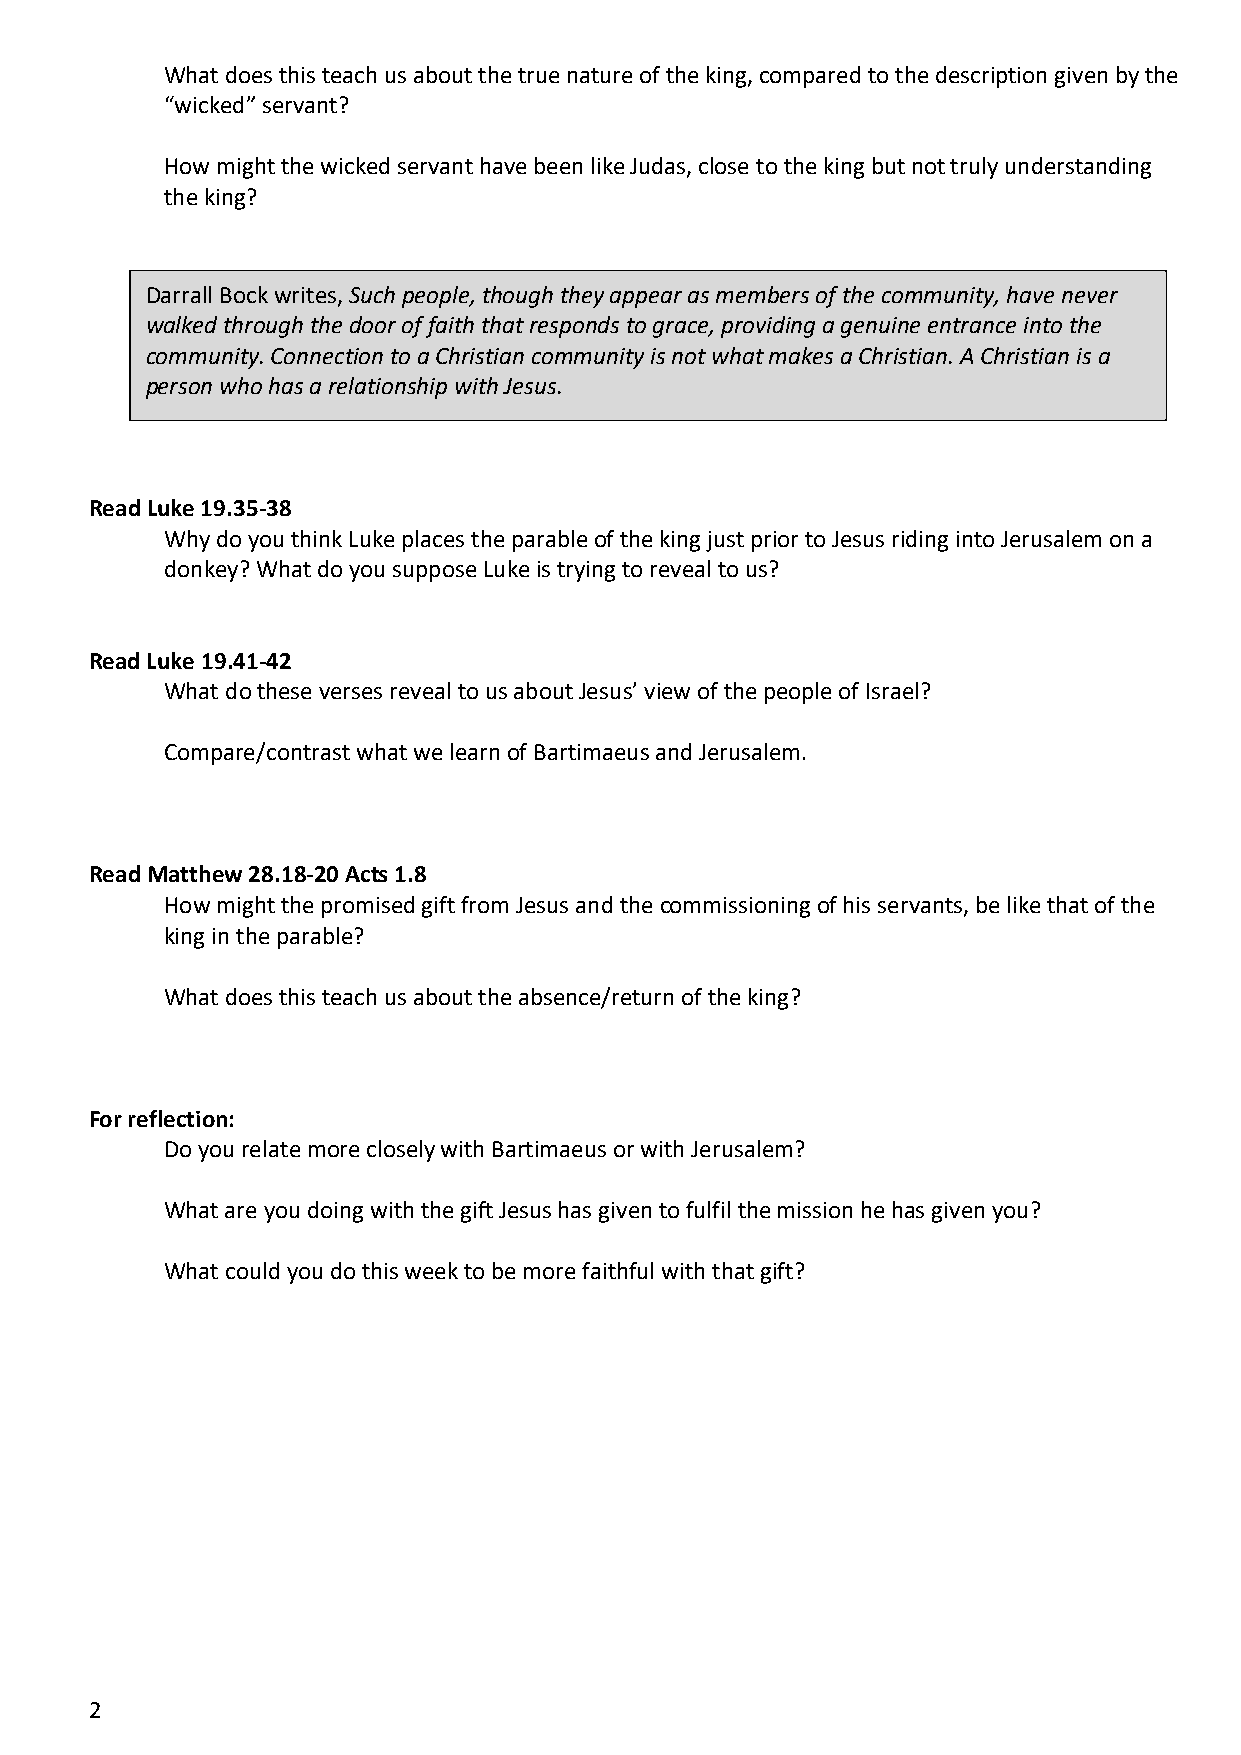
What does this teach us about the true nature of the king, compared to the description given by the
 “wicked” servant?
 How might the wicked servant have been like Judas, close to the king but not truly understanding
 the king?
 Darrall Bock writes, Such people, though they appear as members of the community, have never
 walked through the door of faith that responds to grace, providing a genuine entrance into the
 community. Connection to a Christian community is not what makes a Christian. A Christian is a
 person who has a relationship with Jesus.
 Read Luke 19.35-38
 Why do you think Luke places the parable of the king just prior to Jesus riding into Jerusalem on a
 donkey? What do you suppose Luke is trying to reveal to us?
 Read Luke 19.41-42
 What do these verses reveal to us about Jesus’ view of the people of Israel?
 Compare/contrast what we learn of Bartimaeus and Jerusalem.
 Read Matthew 28.18-20 Acts 1.8
 How might the promised gift from Jesus and the commissioning of his servants, be like that of the
 king in the parable?
 What does this teach us about the absence/return of the king?
 For reflection:
 Do you relate more closely with Bartimaeus or with Jerusalem?
 What are you doing with the gift Jesus has given to fulfil the mission he has given you?
 What could you do this week to be more faithful with that gift?
 2